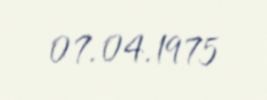
07.04.1975